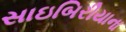
સાઇબિરીયાના